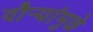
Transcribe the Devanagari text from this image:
दौर्‍यांमुळे